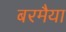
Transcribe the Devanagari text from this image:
बरमैया